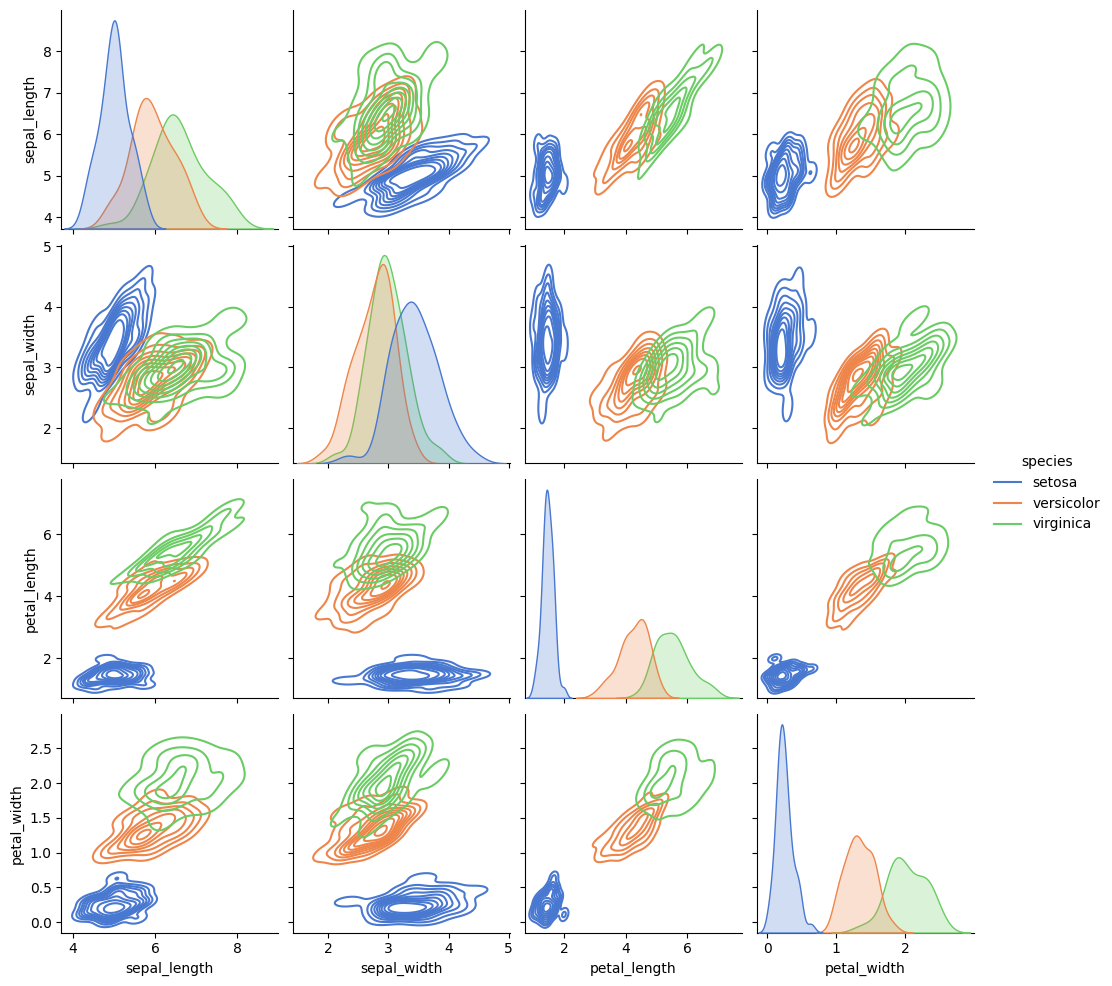
python, seaborn, pairplot, palette='muted', markers=['o'], kind='kde', diag_kind='kde'